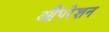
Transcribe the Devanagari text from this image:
औंपरेशन